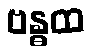
ဗန္ဓထ